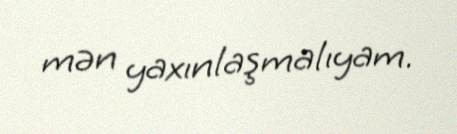
mən yaxınlaşmalıyam.